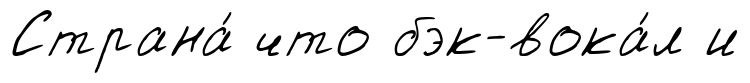
Страна́ что бэк-вока́л и